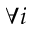
\forall i